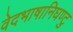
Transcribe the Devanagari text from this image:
वेदभाषानिघण्टु